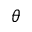
\theta